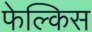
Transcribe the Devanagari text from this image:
फेल्किस